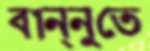
বান্নুতে